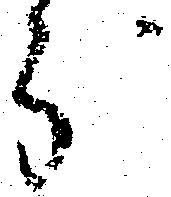
分